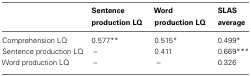
<table><thead><tr><td></td><td><b>Sentence production LQ</b></td><td><b>Word production LQ</b></td><td><b>SLAS average</b></td></tr></thead><tbody><tr><td>Comprehension LQ</td><td>0.577**</td><td>0.515*</td><td>0.499*</td></tr><tr><td>Sentence production LQ</td><td>–</td><td>0.411</td><td>0.669***</td></tr><tr><td>Word production LQ</td><td>–</td><td>–</td><td>0.326</td></tr></tbody></table>